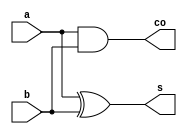
module Half (a,b,s,co);

input [7:0]a ,b;
output [7:0]s,co;

/*output co;

assign {co,s}=a+b; //this will work if you want final carry only
*/
assign s=a^b;
assign co=a&b;

endmodule